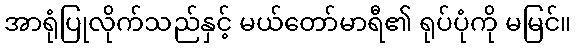
အာရုံပြုလိုက်သည်နှင့် မယ်တော်မာရီ၏ ရုပ်ပုံကို မမြင်။